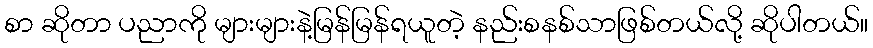
စာ ဆိုတာ ပညာကို များများနဲ့မြန်မြန်ရယူတဲ့ နည်းစနစ်သာဖြစ်တယ်လို့ ဆိုပါတယ်။